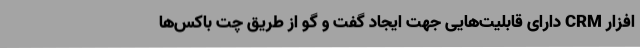
افزار CRM دارای قابلیت‌هایی جهت ایجاد گفت و گو از طریق چت باکس‌ها